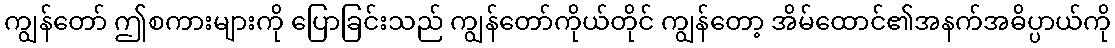
ကျွန်တော် ဤစကားများကို ပြောခြင်းသည် ကျွန်တော်ကိုယ်တိုင် ကျွန်တော့ အိမ်ထောင်၏အနက်အဓိပ္ပာယ်ကို